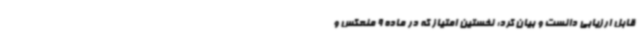
قابل ارزیابی دانست و بیان کرد: نخستین امتیاز که در ماده 9 منعکس و